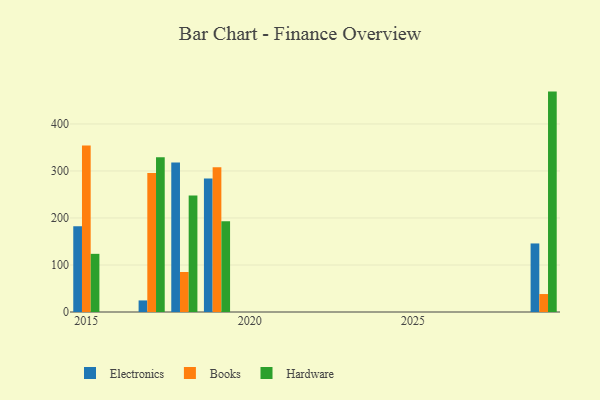
{"axis": {"x": "Year", "y": "Production Output"}, "legend": ["Books", "Electronics", "Hardware"], "data": [{"x": "2015", "y": 182.2, "type": "Electronics"}, {"x": "2015", "y": 354.3, "type": "Books"}, {"x": "2015", "y": 123.7, "type": "Hardware"}, {"x": "2029", "y": 145.8, "type": "Electronics"}, {"x": "2029", "y": 38.2, "type": "Books"}, {"x": "2029", "y": 468.8, "type": "Hardware"}, {"x": "2019", "y": 283.7, "type": "Electronics"}, {"x": "2019", "y": 307.8, "type": "Books"}, {"x": "2019", "y": 193.2, "type": "Hardware"}, {"x": "2018", "y": 318.2, "type": "Electronics"}, {"x": "2018", "y": 85.1, "type": "Books"}, {"x": "2018", "y": 247.7, "type": "Hardware"}, {"x": "2017", "y": 24.6, "type": "Electronics"}, {"x": "2017", "y": 295.7, "type": "Books"}, {"x": "2017", "y": 329.2, "type": "Hardware"}]}